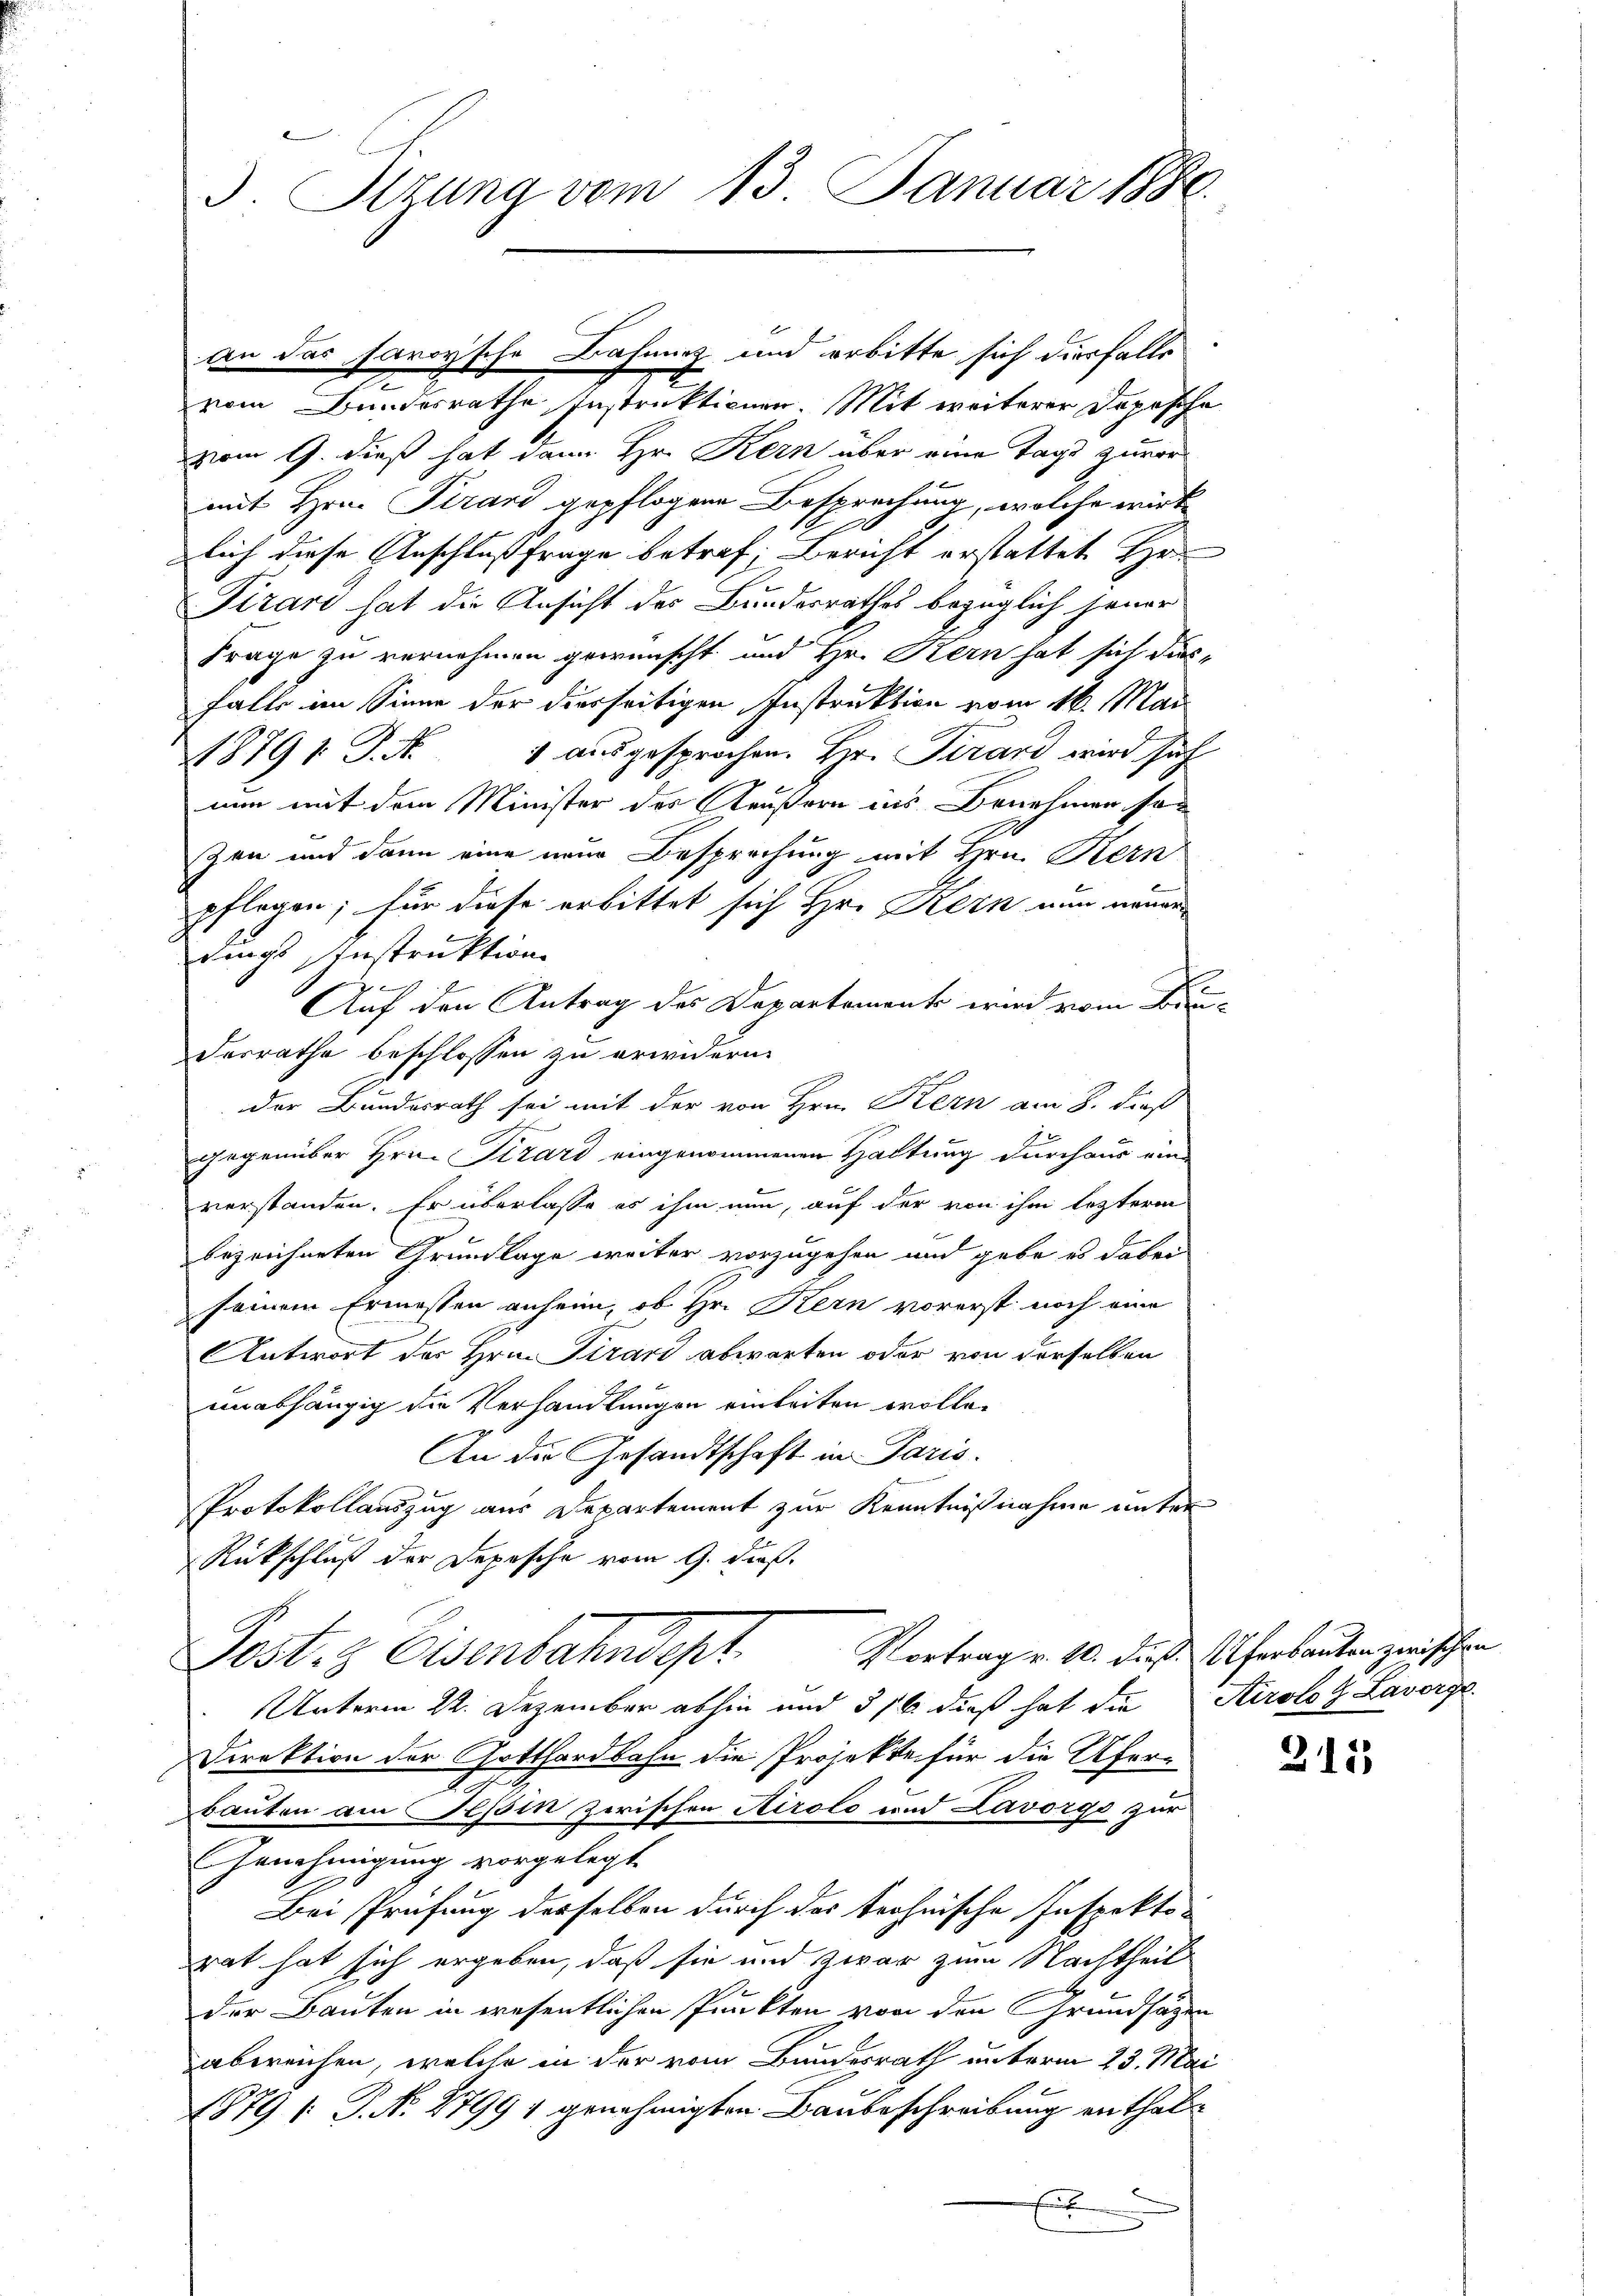
3. Ottung vom 13. Januar 1880.

e
vom Bundesrathe Instruktionen. Mit weiterer Dopische
vom 9. dieß hat dann Hr. Kern über eine Tage zuvor
mit Hrn. Pirard gepflogene Besprechung, welche wird
lich diese Anschlußfrage betref; Bericht erstattet Hr
Firari hat die Ansicht des Bundesrathes bezüglich jener
Frage zu vernehmen gewünscht und Hr. Kern hat sich das
falls im Sinne der diesseitigen Instruktion vom 16. Mai
1879 S. 1 ausgesprochen. Hr. Pirard wird sich
nun mit dem Minister des Aeußern ins Benehmen so
zen und dann eine neue Besprechung mit Hrn. Kern
pflogen; für diese erbittet sich Hr. Kern nun neuerdings Instruktion
Auf den Antrag des Departemente wird vom Brun
Desrathe beschlossen zu erwidern.
der Bundesrath sei mit der von Hrn. Kern am 8. dieß
gegenüber Hrn. Girard eingenommenen Haltung durchaus ein-
verstanden. Er überlasse es ihm nun, auf der von ihm leztere
bezeichneten Grundlage weiter vorzugehen und gebe es dabei
seinem Ermessen anheim, ob Hr. Kern vorerst noch eine
Antwort des Hrn. Girard abwarten oder von derselben
unabhängig die Verhandlungen einleiten wolle.
.

An die Gesandtschaft in Paris.
Protokollauszug aus Departement zur Kenntnißnahme unter
Rückschluß der Depesche vom 9. dieß.
Vortrag v. 10. dieß Uferbauten zwischen
Pest. Eisenbahndept
Unterm 22. Dezember abhin und 516. dieß hat die
Direktion der Gotthardbahn die Projekte für die Ufer¬
Bauten am Teßin zwischen Airolo und Lavorgo zur
Genehmigung vorgelegt.
Bei Prüfung desselben durch des technische Inspektorat hat sich ergeben, daß sie und zwar zum Nachtheil
der Bauten in wesentlichen Punkten von den Grundsatzen
abereichen, welche in der vom Bundesrath unterm 23. Mai
1879 /: P. N. 27991 genehmigten Baubeschreibung enthale
E

an das savoyische Bahnung und erbitte sich diesfalls

Airolog Lavorge

x

215